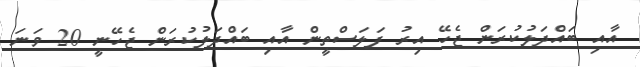
އާއި ބައްދަލުކުރަން ޖެހޭ އިރު ފަލަސްތީން އާއި ބައްދަލުކުރަން ޖެހޭނީ 20 ވަނަ